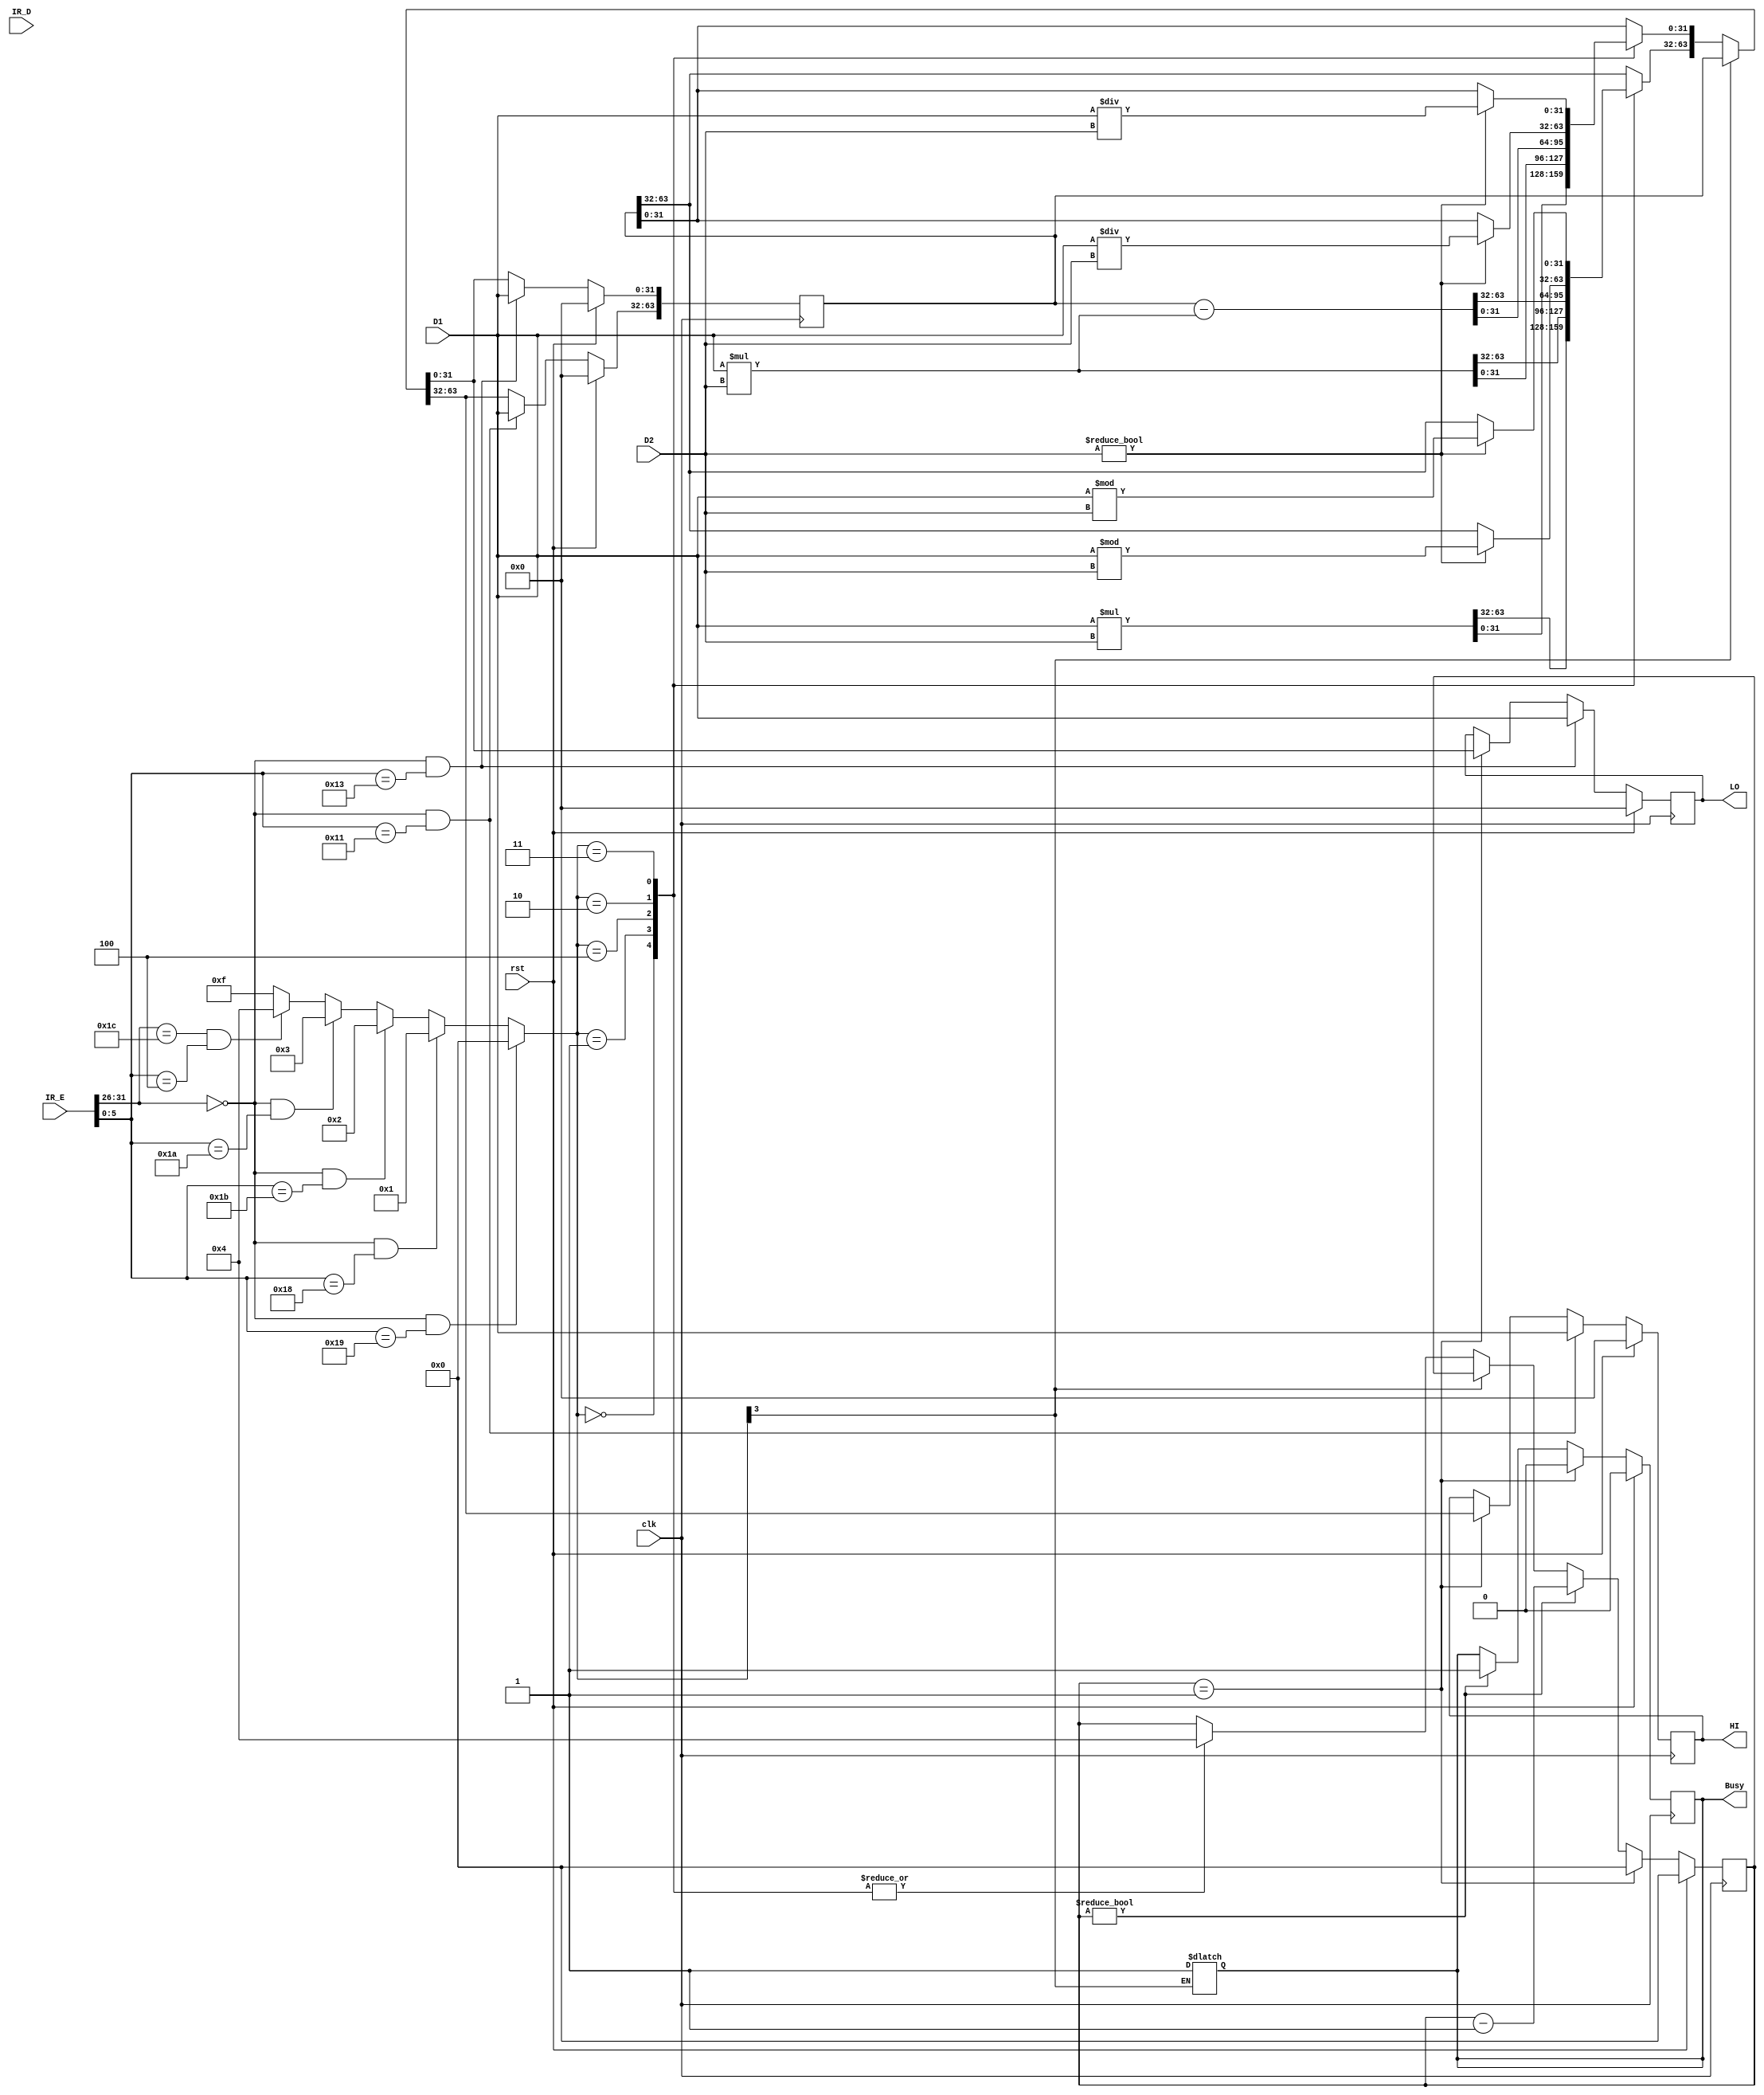
`timescale 1ns / 1ps
//////////////////////////////////////////////////////////////////////////////////
// Company: 
// Engineer: 
// 
// Design Name: 
// Module Name:    Mult 
// Project Name: 
// Target Devices: 
// Tool versions: 
// Description: 
//
// Dependencies: 
//
// Revision: 
// Revision 0.01 - File Created
// Additional Comments: 
//
//////////////////////////////////////////////////////////////////////////////////
module Mult(clk,rst,D1,D2,IR_E,IR_D,Busy,HI,LO);
	input clk,rst;
	input signed [31:0] D1,D2,IR_E,IR_D;
	output reg Busy;
	output reg [31:0]HI,LO;
	wire [31:0] uD1,uD2;
	wire [3:0] op;
	reg [3:0] i;
	reg [63:0] result;
	assign uD1=D1;
	assign uD2=D2;
	assign op=((IR_E[31:26]==6'b000000)&(IR_E[5:0]==6'b011001))?4'b0000:	//multu
				 ((IR_E[31:26]==6'b000000)&(IR_E[5:0]==6'b011000))?4'b0001:	//mult
				 ((IR_E[31:26]==6'b000000)&(IR_E[5:0]==6'b011011))?4'b0010:	//divu
				 ((IR_E[31:26]==6'b000000)&(IR_E[5:0]==6'b011010))?4'b0011:	//div
				 ((IR_E[31:26]==6'b011100)&(IR_E[5:0]==6'b000100))?4'b0100:	//msub
				 4'b1111;
	initial
		begin
		    HI<=32'b0;
			 LO<=32'b0;
			 Busy<=1'b0;
			 i<=4'b0;
			 result<=64'b0;
		end
	always @(*)
	begin
	if(op[3]!=1) Busy<=1;
	end
	always @ (posedge clk)
		begin
		   if(rst)
			 begin
		      HI<=32'b0;
			   LO<=32'b0;
			   Busy<=1'b0;
			   i<=4'b0;
			   result<=64'b0;
			 end
			 else
			 begin
			   if(op[3]!=1)
				 begin
				    case (op)
						4'b0000: //multu
						begin
							 result<=uD1*uD2;
							 i<=4'b0100;
							 Busy<=1'b1;
						end
						4'b0001: //mult
						begin
						    result<=D1*D2;
							 i<=4'b0100;
				          Busy<=1'b1;
						end
						4'b0100: //msub
						begin
							result=$signed(result)-D1*D2;
							 i<=4'b0100;
				          Busy<=1'b1;
						end
						4'b0010: //divu
						begin
							i<=4'b0100;
				         Busy<=1'b1;
						   if(D2!=32'b0)
							 begin
						       result[31: 0]<=uD1/uD2;
							    result[63:32]<=uD1%uD2;
							 end
						end
						4'b0011://div
						begin
							i<=4'b0100;
				         Busy<=1'b1;
						   if(D2!=32'b0)
							 begin
						      result[31:0]<=D1/D2;
							   result[63:32]<=D1%D2;
							   
								end
						end
						endcase
				 end
				 if(i==4'b0001)		//cal over   save the result
				 begin
				       HI<=result[63:32];
						 LO<=result[31:0];
						 i<=4'b0;
						 Busy<=0;
				 end
				 else if (i!=4'b0000)	//being cal
				 begin
				       i<=i-1;
						 Busy=1'b1;
				 end
				 if((IR_E[31:26]==6'b000000)&(IR_E[5:0]==6'b010001))
				    begin
				       HI<=D1;
						 result[63:32]<=D1;
				    end
				 if((IR_E[31:26]==6'b000000)&(IR_E[5:0]==6'b010011))
				    begin
				       LO<=D1;
						 result[31: 0]<=D1;
				    end
			 end
		end

	
endmodule